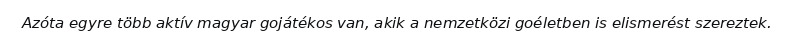
Azóta egyre több aktív magyar gojátékos van, akik a nemzetközi goéletben is elismerést szereztek.